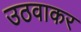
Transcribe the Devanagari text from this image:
उठवाकर